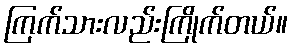
ကြက်သားလည်းကြိုက်တယ်။